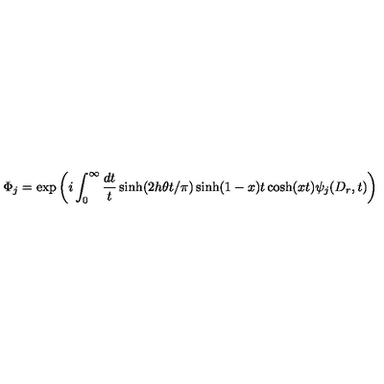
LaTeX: \Phi _ { j } = \exp \left( i \int _ { 0 } ^ { \infty } \frac { d t } { t } \sinh ( 2 h \theta t / \pi ) \sinh ( 1 - x ) t \cosh ( x t ) \psi _ { j } ( D _ { r } , t ) \right)